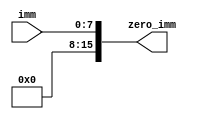
`timescale 1ns / 1ps
//////////////////////////////////////////////////////////////////////////////////
// Company: 
// Engineer: 
// 
// Design Name: 
// Module Name:    zeroextlong 
// Project Name: 
// Target Devices: 
// Tool versions: 
// Description: 
//
// Dependencies: 
//
// Revision: 
// Revision 0.01 - File Created
// Additional Comments: 
//
//////////////////////////////////////////////////////////////////////////////////
module zeroextlong(imm, zero_imm);
	input  [7:0] imm;
	output [15:0] zero_imm;

	assign zero_imm = {8'b00000000, imm};
	
endmodule